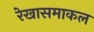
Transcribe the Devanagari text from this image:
रेखासमाकल